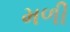
મળી